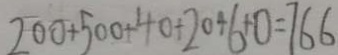
2 0 0 + 5 0 0 + 4 0 + 2 0 + 6 + 0 = 7 6 6